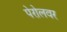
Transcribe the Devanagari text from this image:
पेरोलवर